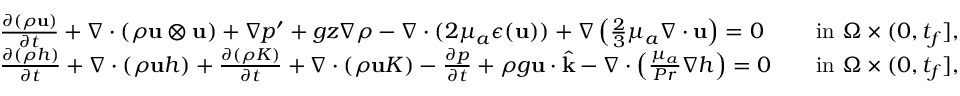
\begin{array} { r l r l } & { \frac { \partial ( \rho \mathbf u ) } { \partial t } + \nabla \cdot ( \rho \mathbf u \otimes \mathbf u ) + \nabla p ^ { \prime } + g z \nabla \rho - \nabla \cdot ( 2 \mu _ { a } \boldsymbol { \epsilon } ( \mathbf u ) ) + \nabla \left( \frac { 2 } { 3 } \mu _ { a } \nabla \cdot \mathbf u \right) = 0 } & & { \mathrm { i n ~ } \Omega \times ( 0 , t _ { f } ] , } \\ & { \frac { \partial ( \rho h ) } { \partial t } + \nabla \cdot ( \rho \mathbf u h ) + \frac { \partial ( \rho K ) } { \partial t } + \nabla \cdot ( \rho \mathbf u K ) - \frac { \partial p } { \partial t } + \rho g \mathbf u \cdot \widehat { \mathbf k } - \nabla \cdot \left( \frac { \mu _ { a } } { P r } \nabla h \right) = 0 } & & { \mathrm { i n ~ } \Omega \times ( 0 , t _ { f } ] , } \end{array}